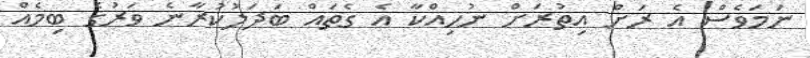
ނަމަވެސް އެ ރަށް އިތުރަށް ނުހިއްކާ އެ ގެތައް ބަދަލުކުރާނެ ވަރުގެ ބިމެއް